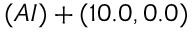
( A I ) + ( 1 0 . 0 , 0 . 0 )